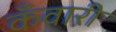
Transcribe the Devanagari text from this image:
कँवारी